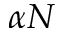
\alpha N